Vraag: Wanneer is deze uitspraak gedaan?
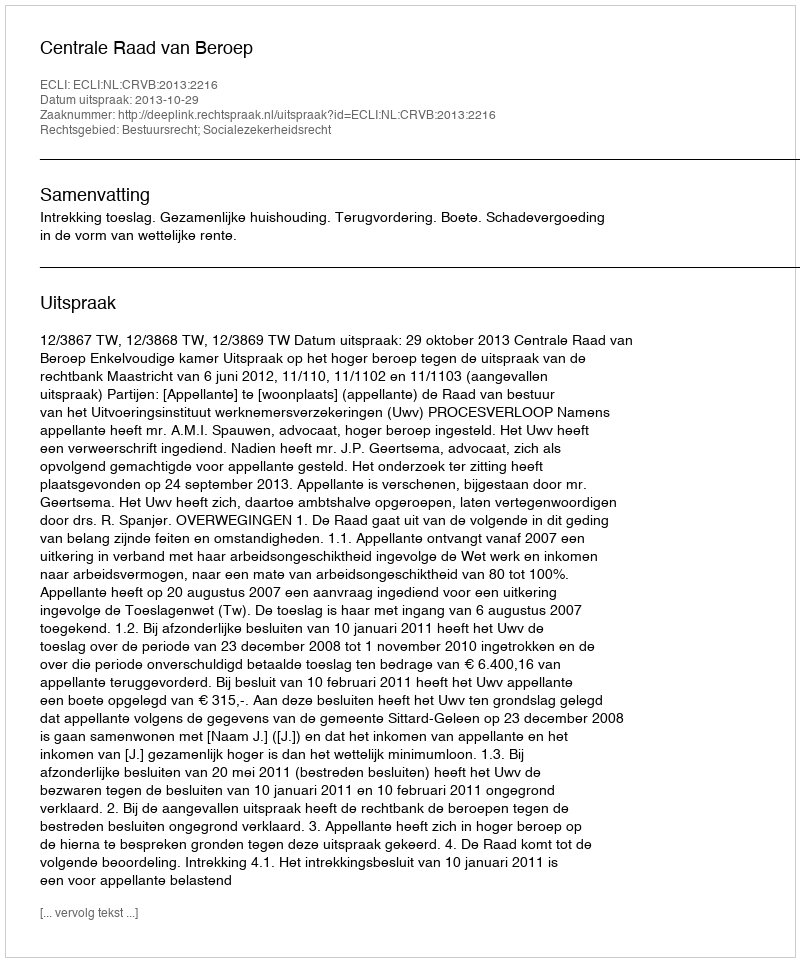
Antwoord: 2013-10-29